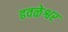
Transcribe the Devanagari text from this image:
ढवळेश्वर